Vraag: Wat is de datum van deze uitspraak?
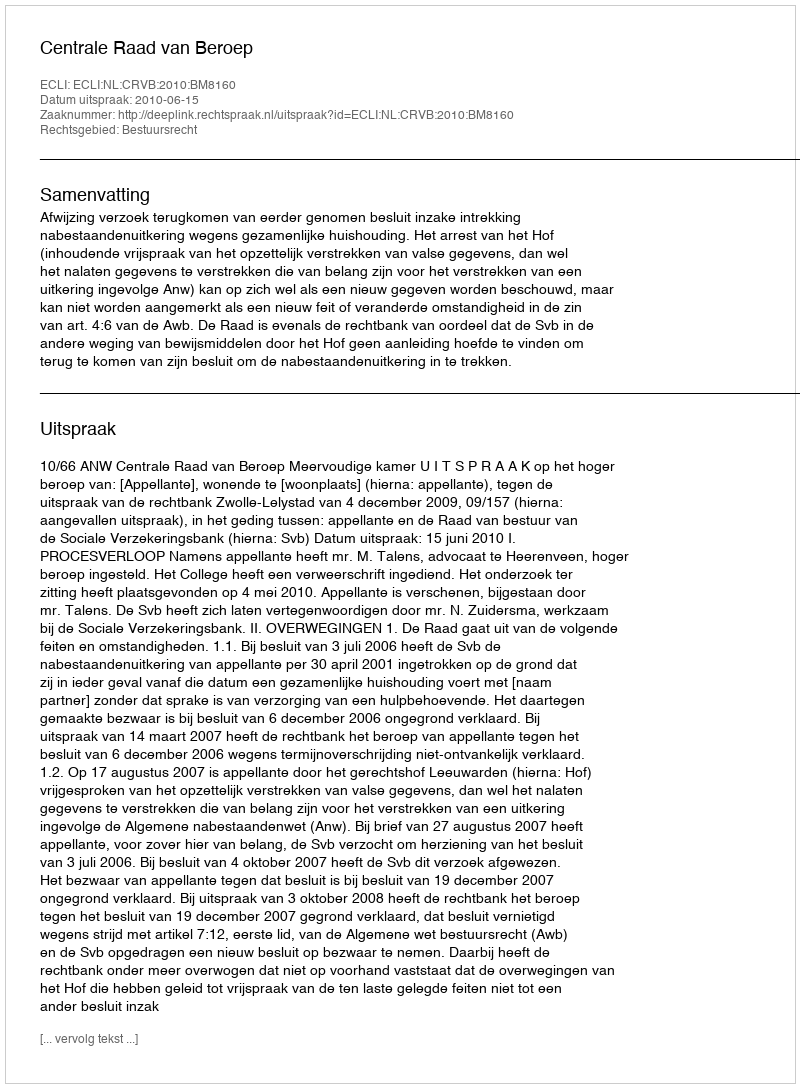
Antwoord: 2010-06-15